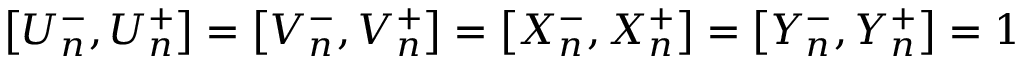
\left[ U _ { n } ^ { - } , U _ { n } ^ { + } \right] = \left[ V _ { n } ^ { - } , V _ { n } ^ { + } \right] = \left[ X _ { n } ^ { - } , X _ { n } ^ { + } \right] = \left[ Y _ { n } ^ { - } , Y _ { n } ^ { + } \right] = 1